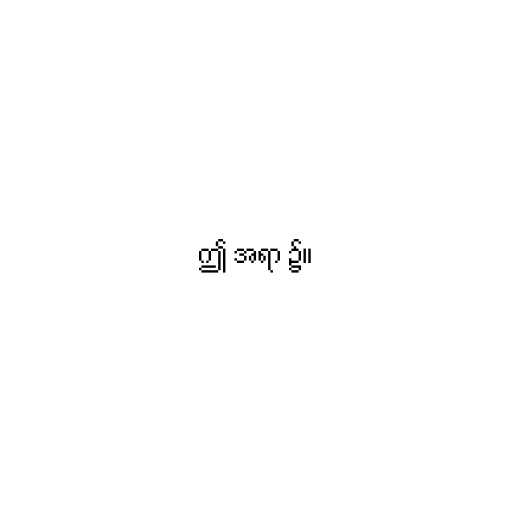
ဤ အရာ ၌။